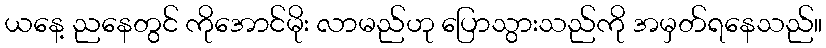
ယနေ့ ညနေတွင် ကိုအောင်မိုး လာမည်ဟု ပြောသွားသည်ကို အမှတ်ရနေသည်။